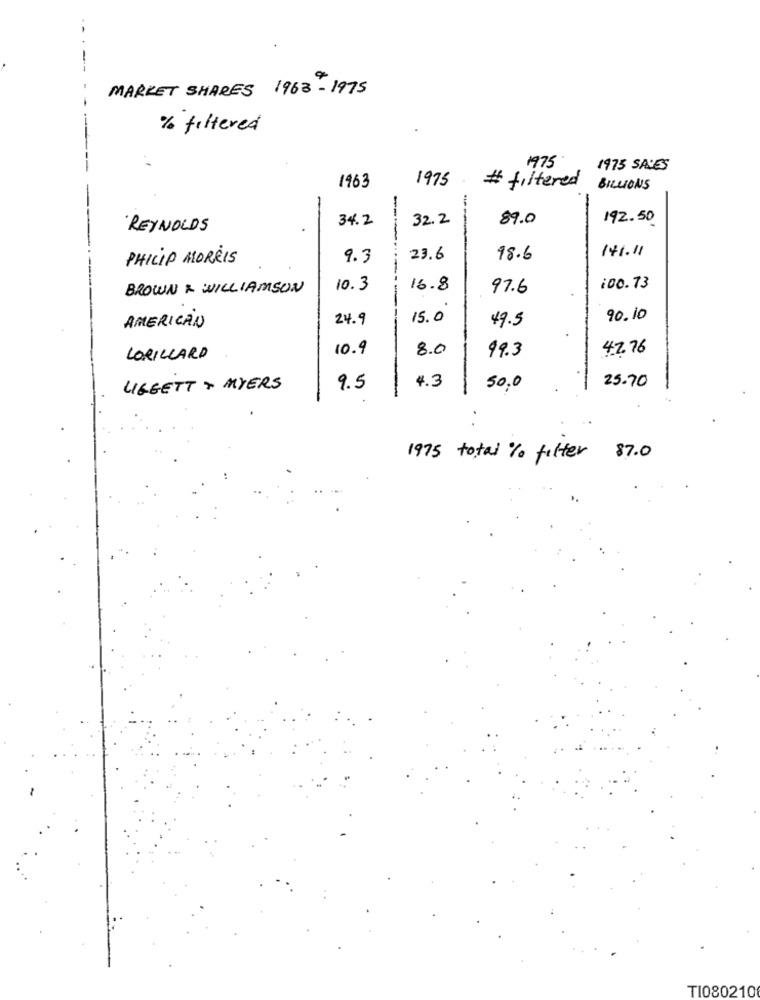
MARKET SHARES 1963 - 1975
% filtered
1975
1975 SALES
1963
1975
# filtered
BILLIONS
34.2
32.2
89.0
192.50
REYNOLDS
14.1.11
PHILIP MORRIS
9.3
23.6
18.6
------
BROWN & WILLIAMSON
10.3
16.8
97.6
100.73
--
24.9
15.0
90.10
AMERICAN
49.5
10.9
8.0
42.76
LORILLARD
99.3
4.3
25.70
LIGGETT & MYERS
9.5
50.0
1975 total % filter 87.0
TI080210